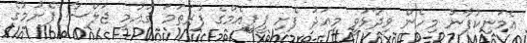
އެމަނިކުފާނު މިހެން ވިދާޅުވީ މިއަދު ފެށި ޕީޕީއެމްގެ ފުރަތަމަ ޤައުމީ ޖަލްސާ ފެށުމުގެ